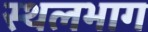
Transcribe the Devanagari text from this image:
स्थलभाग